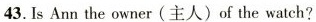
43.Is Ann the owner(主人) of the watch?